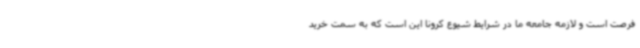
فرصت است و لازمه جامعه ما در شرایط شیوع کرونا این است که به سمت خرید